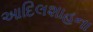
આદિલશાહના